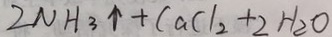
2 N H _ { 3 } \uparrow + C a C l _ { 2 } + 2 H _ { 2 } O